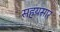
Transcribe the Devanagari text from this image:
सहयसार